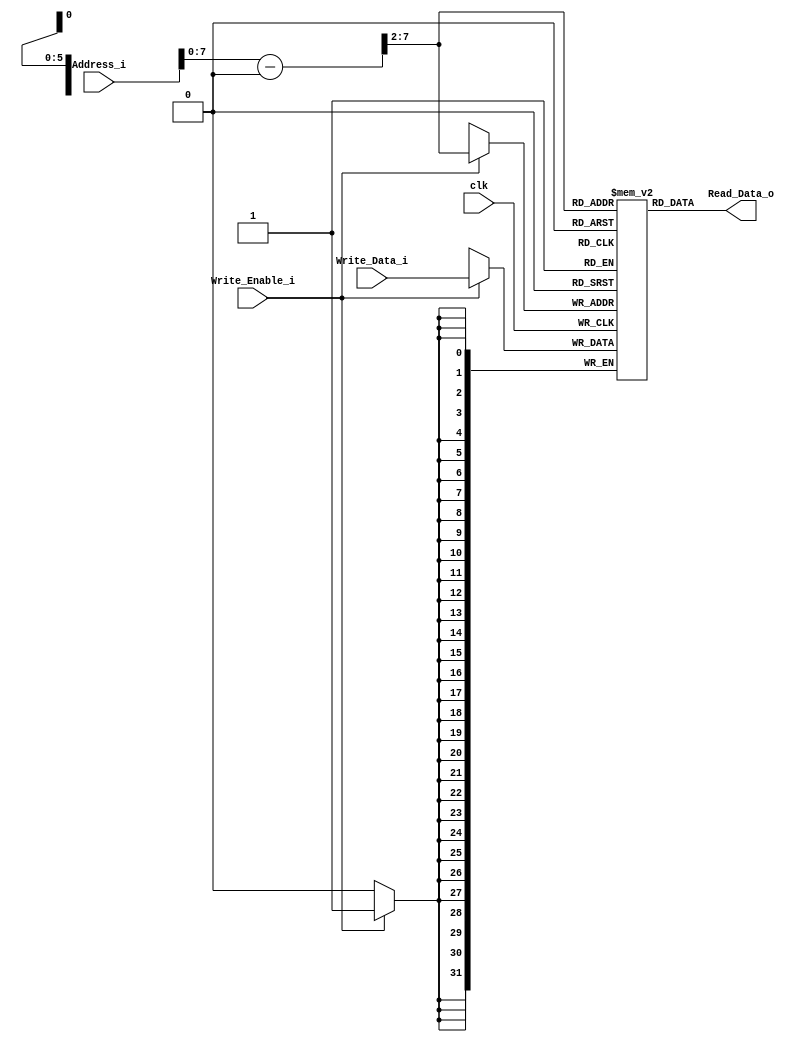
module Data_Memory 
#(	
	parameter DATA_WIDTH = 32,
	parameter MEMORY_DEPTH = 64
)
(
	input clk, Write_Enable_i, 
	input [DATA_WIDTH-1:0] Write_Data_i,
	input [DATA_WIDTH-1:0]  Address_i,
	output [(DATA_WIDTH-1):0]  Read_Data_o
);
	
	// Declare the RAM variable
	reg [DATA_WIDTH-1:0] ram[MEMORY_DEPTH-1:0];
	reg [DATA_WIDTH-1:0] Var_i = 32'h10010000;

	always @ (posedge clk)
	begin
		// Write
		if (Write_Enable_i)
			ram[(Address_i - Var_i) >> 2 ] <= Write_Data_i;
	end

  	assign Read_Data_o = ram[(Address_i - Var_i) >> 2 ];

endmodule